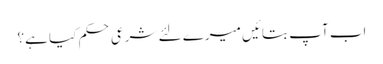
اب آپ بتائیں میرے لئے شرعی حکم کیا ہے؟